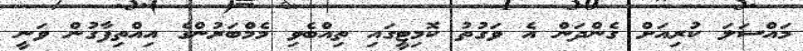
މައްސަލަ ކުރިއަށް ގެންދަން އެ ވަގުތު ކޮމިޓީގައި ތިއްބެވި މެމްބަރުންގެ އިއްތިފާގުން ވަނީ